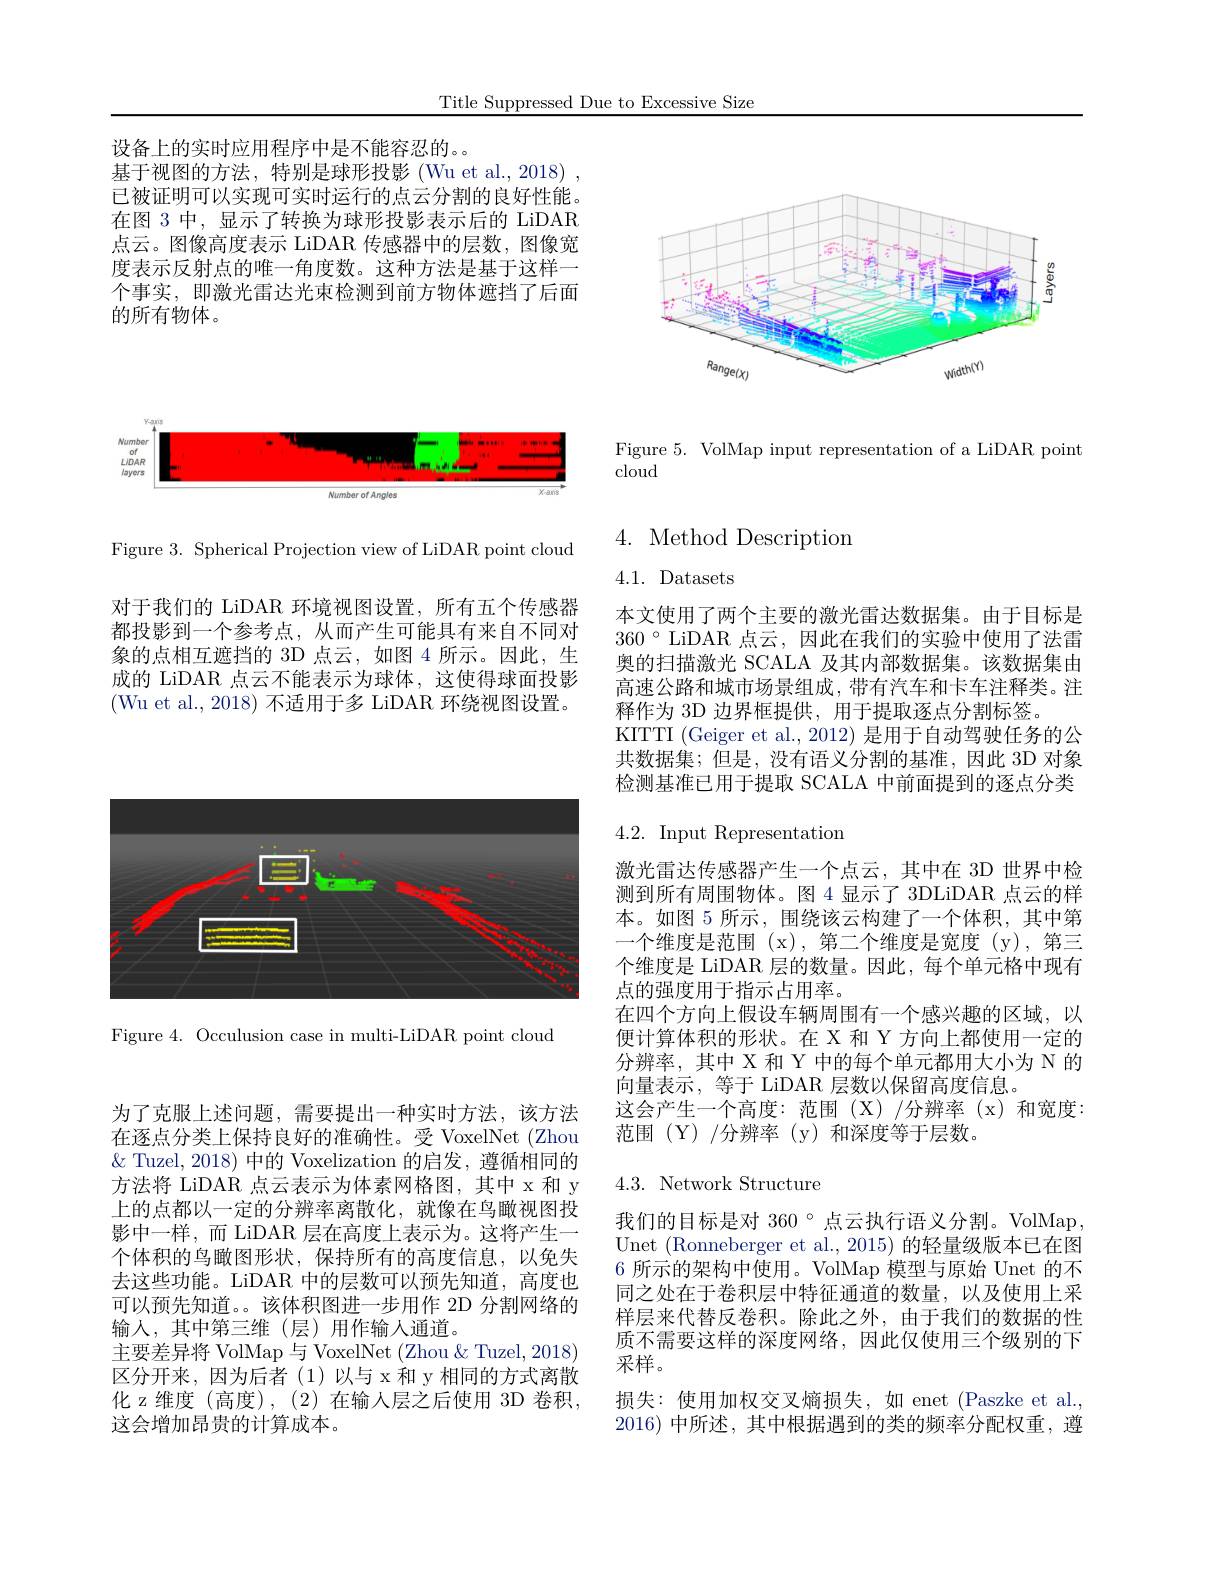
Title Suppressed Due to Excessive Size

设备上的实时应用程序中是不能容忍的。
基于视图的方法，特别是球形投影 (Wu et al.,2018) , 已被证明可以实现可实时运行的点云分割的良好性能。在图 3 中，显示了转换为球形投影表示后的 LiDAR 点云。图像高度表示 LiDAR 传感器中的层数，图像宽度表示反射点的唯一角度数。这种方法是基于这样一个事实，即激光雷达光束检测到前方物体遮挡了后面的所有物体。

<FigureHere>

Figure 3. Spherical Projection view of LiDAR point cloud

对于我们的 LiDAR 环境视图设置，所有五个传感器都投影到一个参考点，从而产生可能具有来自不同对象的点相互遮挡的 3D 点云，如图 4 所示。因此，生成的 LiDAR 点云不能表示为球体，这使得球面投影(Wu et al., 2018) 不适用于多 LiDAR 环绕视图设置。

<FigureHere>

Figure 4. Occulusion case in multi-LiDAR point cloud

<FigureHere>

Figure 5. VolMap input representation of a LiDAR point
cloud

$4.{\mathrm{~Method~Description}}$

4.1. Datasets

本文使用了两个主要的激光雷达数据集。由于目标是$360~^{\circ}~$LiDAR 点云，因此在我们的实验中使用了法雷奥的扫描激光 SCALA 及其内部数据集。该数据集由高速公路和城市场景组成，带有汽车和卡车注释类。注释作为 3D 边界框提供，用于提取逐点分割标签。
KITTI (Geiger et al., 2012) 是用于自动驾驶任务的公共数据集；但是，没有语义分割的基准，因此 3D 对象检测基准已用于提取 SCALA 中前面提到的逐点分类

$4.2.{\mathrm{~Input~Representation}}$

激光雷达传感器产生一个点云，其中在 3D 世界中检测到所有周围物体。图4显示了3DLiDAR 点云的样本。如图 5 所示，围绕该云构建了一个体积，其中第一个维度是范围 (x),第二个维度是宽度 (y),第三个维度是 LiDAR 层的数量。因此，每个单元格中现有点的强度用于指示占用率。
在四个方向上假设车辆周围有一个感兴趣的区域，以便计算体积的形状。在 X 和 Y 方向上都使用一定的分辨率，其中 X 和 Y 中的每个单元都用大小为 N 的向量表示，等于 LiDAR 层数以保留高度信息。
这会产生一个高度：范围(X)/分辨率(x)和宽度：
范围(Y)/分辨率(y)和深度等于层数。

# 4.3. Network Structure

我们的目标是对 360°点云执行语义分割。VolMap, Unet (Ronneberger et al., 2015) 的轻量级版本已在图6 所示的架构中使用。VolMap 模型与原始 Unet 的不同之处在于卷积层中特征通道的数量，以及使用上采样层来代替反卷积。除此之外，由于我们的数据的性质不需要这样的深度网络，因此仅使用三个级别的下采样。
损失：使用加权交叉熵损失，如 enet (Paszke et al., 2016)中所述，其中根据遇到的类的频率分配权重，遵

为了克服上述问题，需要提出一种实时方法，该方法在逐点分类上保持良好的准确性。受 VoxelNet (Zhou $\&$ Tuzel, 2018) 中的 Voxelization 的启发，遵循相同的方法将 LiDAR 点云表示为体素网格图，其中 x 和 y 上的点都以一定的分辨率离散化，就像在鸟瞰视图投影中一样，而 LiDAR 层在高度上表示为。这将产生一个体积的鸟瞰图形状，保持所有的高度信息，以免失去这些功能。LiDAR 中的层数可以预先知道，高度也可以预先知道。。该体积图进一步用作 2D 分割网络的输入，其中第三维(层)用作输入通道。
主要差异将 VolMap 与 VoxelNet (Zhou & Tuzel, 2018) 区分开来，因为后者(1)以与 x 和 y 相同的方式离散化 z 维度 (高度) , (2) 在输人层之后使用 3D 卷积， 这会增加昂贵的计算成本。